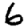
Digit: 6